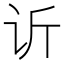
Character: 䜣